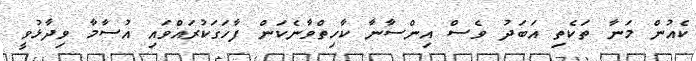
ކެއުން މަނާ ތަކެތި އަބަދު ވެސް އިންސާނާ ކާހިތްވާނެކަން ފާހަގަކުރައްވައި އުސާމާ ވިދާޅުވީ